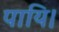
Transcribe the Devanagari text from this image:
पायि।